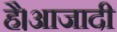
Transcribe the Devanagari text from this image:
है।आजादी